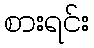
စားရင်း